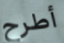
أطرح